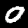
Digit: 0